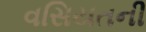
વસિયતની